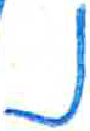
אות: נ